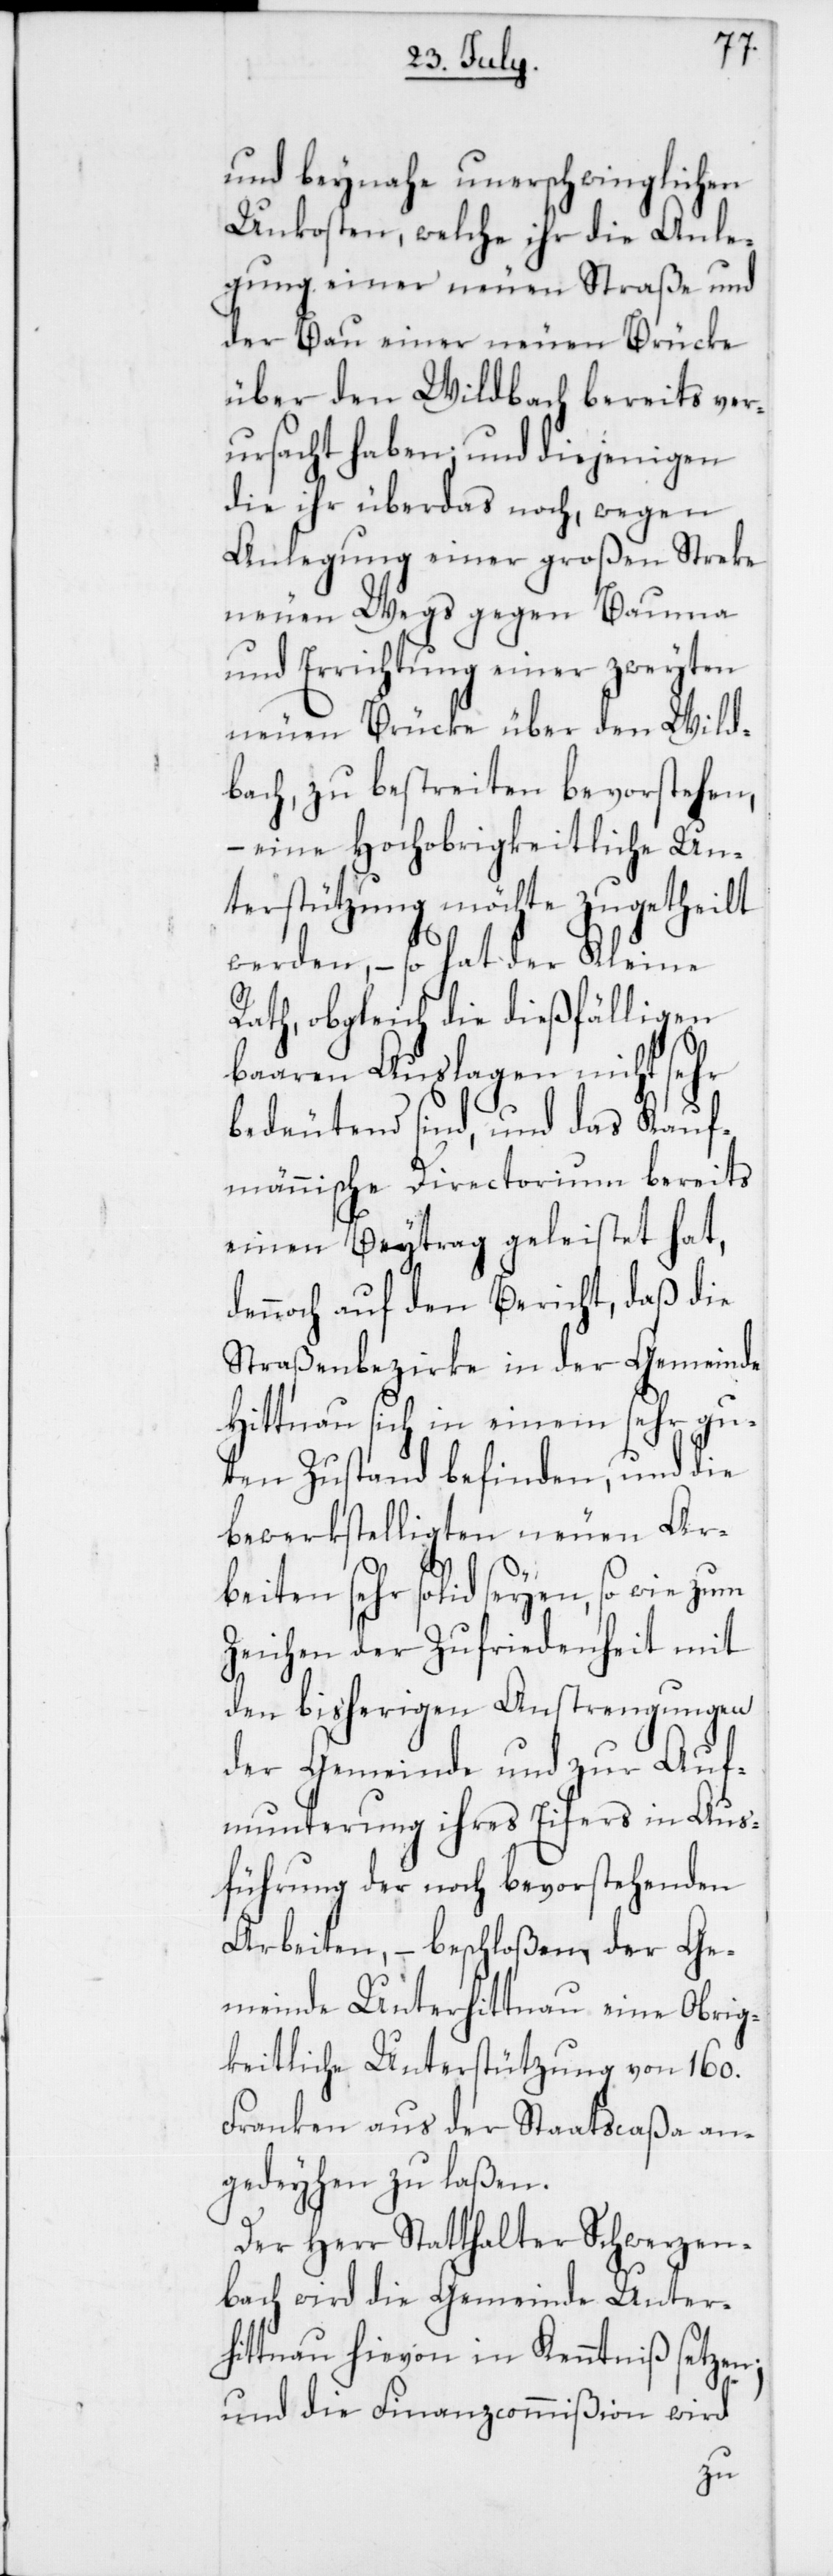
und beynahe unerschwinglichen
Unkosten, welche ihr die Anle¬
gung einer neuen Straße und
der Bau einer neuen Brücke
über den Wildbach bereits ver¬
ursacht haben; und diejenigen
die ihr überdas noch, wegen
Anlegung einer großen Streke
neuen Wegs gegen Bauma
und Errichtung einer zweyten
neuen Brücke über den Wild¬
bach, zu bestreiten bevorstehen,
– eine Hochobrigkeitliche Un¬
terstützung möchte zugetheilt
werden, – so hat der Kleine
Rath, obgleich die dießfälligen
baaren Auslagen nicht sehr
bedeutend sind, und das Kauf¬
männische Directorium bereits
einen Beytrag geleistet hat,
dennoch auf den Bericht, daß die
Straßenbezirke in der Gemeinde
Hittnau sich in einem sehr gu¬
ten Zustand befinden, und die
bewerkstelligten neuen Ar¬
beiten sehr solid seyen, so wie zum
Zeichen der Zufriedenheit mit
den bisherigen Anstrengungen
der Gemeinde und zur Auf¬
munterung ihres Eifers in Aus¬
führung der noch bevorstehenden
Arbeiten, – beschloßen, der Ge¬
meinde Unterhittnau eine Obrig¬
keitliche Unterstützung von 160.
Franken aus der Staatscaßa an¬
gedeyhen zu laßen.
Der Herr Statthalter Schwerzen¬
bach wird die Gemeinde Unter¬
hittnau hievon in Kenntniß setzen;
und die Finanzcommißion wird